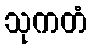
သုကတံ